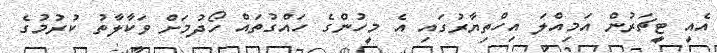
އެއީ ޓީޗަރުން އަމިއްލަ އިހްތިޔާރުގައި އެ މީހުންގެ ހައްގުތައް ހޯދުމަށް ވަކާލާތު ކުރުމުގެ